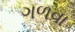
ગળવા